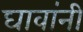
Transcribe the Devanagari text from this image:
घावांनी